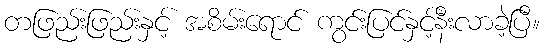
တဖြည်းဖြည်းနှင့် အစိမ်းရောင် ကွင်းပြင်နှင့်နီးလာခဲ့ပြီ။